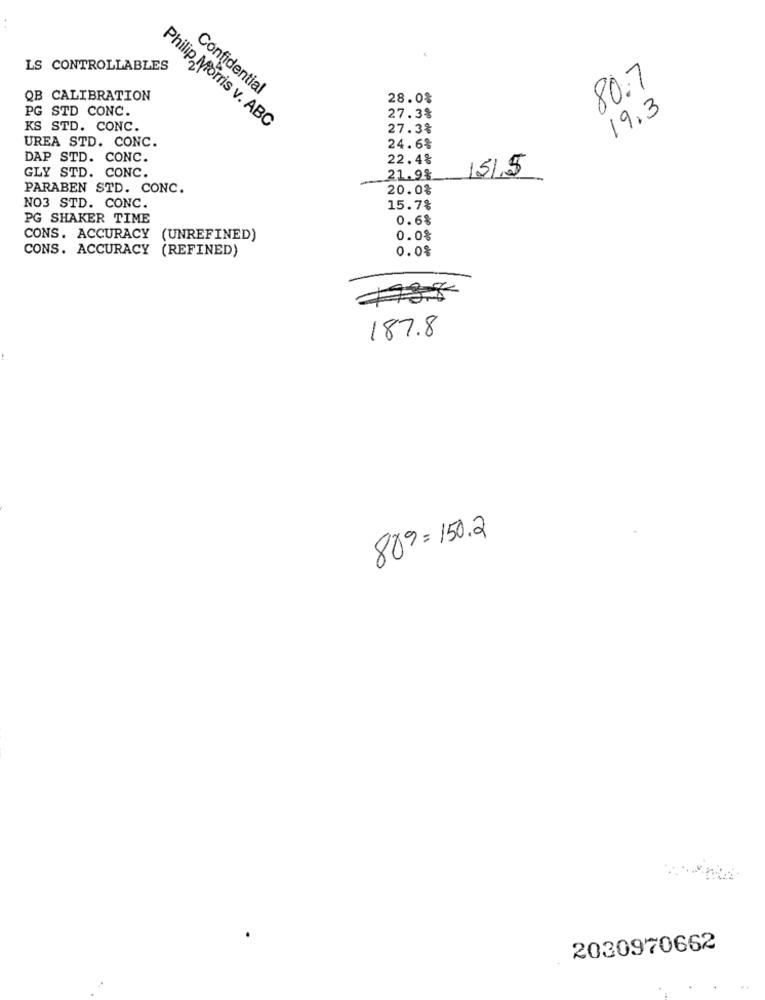
..
LS CONTROLLABLES
80.7
Confidential
QB CALIBRATION
28.0%
PG STD CONC.
19.3
27.3%
KS STD. CONC.
Philip Morris v. ABC
27.3%
UREA STD. CONC.
24.6%
DAP STD. CONC.
22.4%
GLY STD. CONC.
15/5
21.9%
PARABEN STD. CONC.
20.0%
NO3 STD. CONC.
15.7%
PG SHAKER TIME
0.6%
CONS. ACCURACY (UNREFINED)
0.0%
CONS. ACCURACY (REFINED)
0.0%
43.8
187.8
889=150.2
2030970662